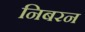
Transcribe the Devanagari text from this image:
निबरन